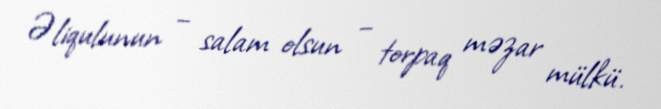
Əliqulunun – salam olsun – torpaq məzar mülkü.